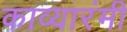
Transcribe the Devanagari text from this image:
काव्यारंमी